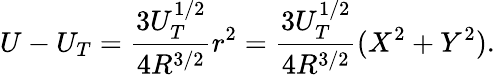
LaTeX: U-U_{T}=\frac{3U_{T}^{1/2}}{4R^{3/2}}r^{2}=\frac{3U_{T}^{1/2}}{4R^{3/2}}(X^{2}+Y^{2}).